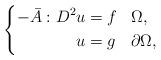
LaTeX: \begin{align*}\left\{\begin{aligned}-\bar{A}:D^2 u &= f& &\Omega,\\u &= g& &\partial\Omega,\end{aligned}\right.\end{align*}